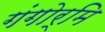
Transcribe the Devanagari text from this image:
गंगोर्मि